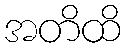
အတိထိ